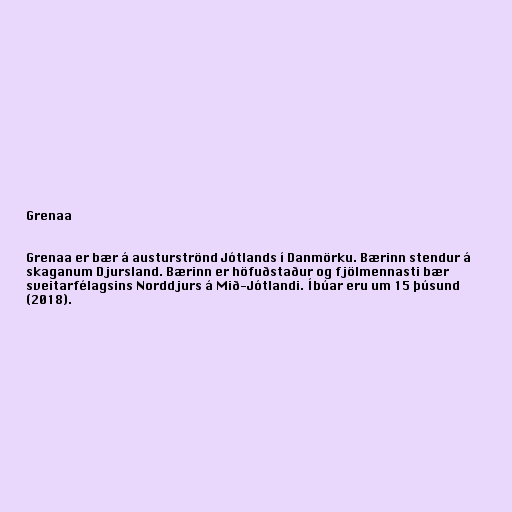
Grenaa

Grenaa er bær á austurströnd Jótlands í Danmörku. Bærinn stendur á
skaganum Djursland. Bærinn er höfuðstaður og fjölmennasti bær
sveitarfélagsins Norddjurs á Mið-Jótlandi. Íbúar eru um 15 þúsund
(2018).